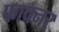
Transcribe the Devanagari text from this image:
फाक्नर